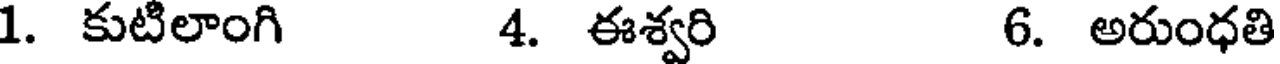
1. కుటిలాంగి 4. ఈశ్వరి 6. అరుంధతి